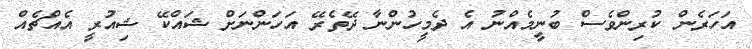
އަހަރެން ކުރިންވެސް ބުނީމެއްނު އެ ދެމީހުންނާ ދޭތެރޭ އަހަންނަށް ޝައްކޭ ޝިއުރީ އެއްޗެއް